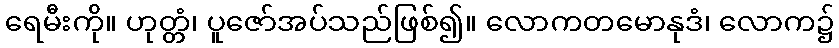
ရေမီးကို။ ဟုတ္တံ၊ ပူဇော်အပ်သည်ဖြစ်၍။ လောကတမောနုဒံ၊ လောက၌